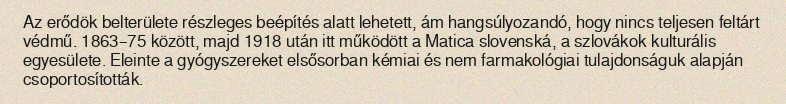
Az erődök belterülete részleges beépítés alatt lehetett, ám hangsúlyozandó, hogy nincs teljesen feltárt védmű. 1863–75 között, majd 1918 után itt működött a Matica slovenská, a szlovákok kulturális egyesülete. Eleinte a gyógyszereket elsősorban kémiai és nem farmakológiai tulajdonságuk alapján csoportosították.